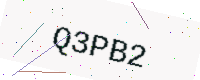
Text: Q3PB2